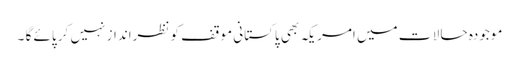
موجودہ حا لا ت میں امریکہ بھی پاکستانی موقف کو نظرانداز نہیں کر پائے گا ۔